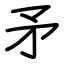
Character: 矛